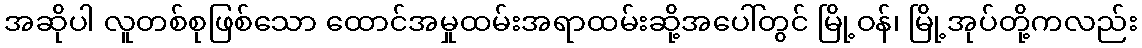
အဆိုပါ လူတစ်စုဖြစ်သော ထောင်အမှုထမ်းအရာထမ်းဆို့အပေါ်တွင် မြို့ဝန်၊ မြို့အုပ်တို့ကလည်း